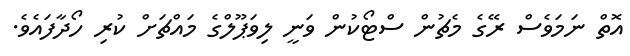
އޮތް ނަމަވެސް ރޭގެ މެޗުން ސްޓޯކުން ވަނީ ލިވަޕޫލްގެ މައްޗަށް ކުރި ހޯދާފައެވެ.